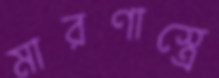
মারণাস্ত্রে